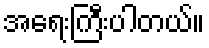
အရေးကြီးပါတယ်။